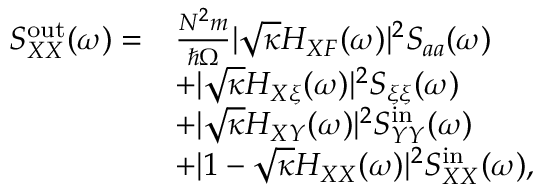
\begin{array} { r l } { S _ { X X } ^ { \mathrm { o u t } } ( \omega ) = } & { \frac { N ^ { 2 } m } { \hbar \Omega } | \sqrt { \kappa } H _ { X F } ( \omega ) | ^ { 2 } S _ { a a } ( \omega ) } \\ & { + | \sqrt { \kappa } H _ { X \xi } ( \omega ) | ^ { 2 } S _ { \xi \xi } ( \omega ) } \\ & { + | \sqrt { \kappa } H _ { X Y } ( \omega ) | ^ { 2 } S _ { Y Y } ^ { \mathrm { i n } } ( \omega ) } \\ & { + | 1 - \sqrt { \kappa } H _ { X X } ( \omega ) | ^ { 2 } S _ { X X } ^ { \mathrm { i n } } ( \omega ) , } \end{array}